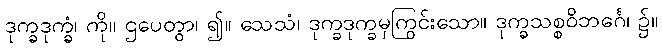
ဒုက္ခဒုက္ခံ၊ ကို။ ဌပေတွာ၊ ၍။ သေသံ၊ ဒုက္ခဒုက္ခမှကြွင်းသော။ ဒုက္ခသစ္စဝိဘင်္ဂေ၊ ၌။